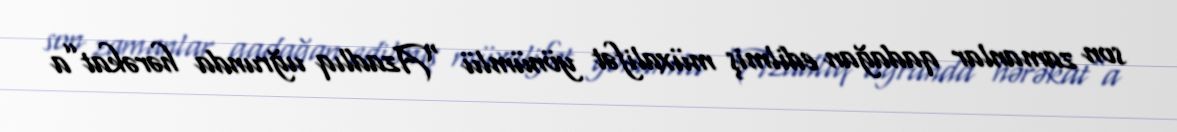
son zamanlar qadağan edilmiş müxalifət yönümlü “Azadlıq uğrunda hərəkat”a